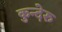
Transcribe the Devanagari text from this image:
कुन्देरु